Annual report of the Bengal Veterinary College and of the Civil Veterinary Department, Bengal, for the year 1907-1908 - 1907-1908
Year: 1907
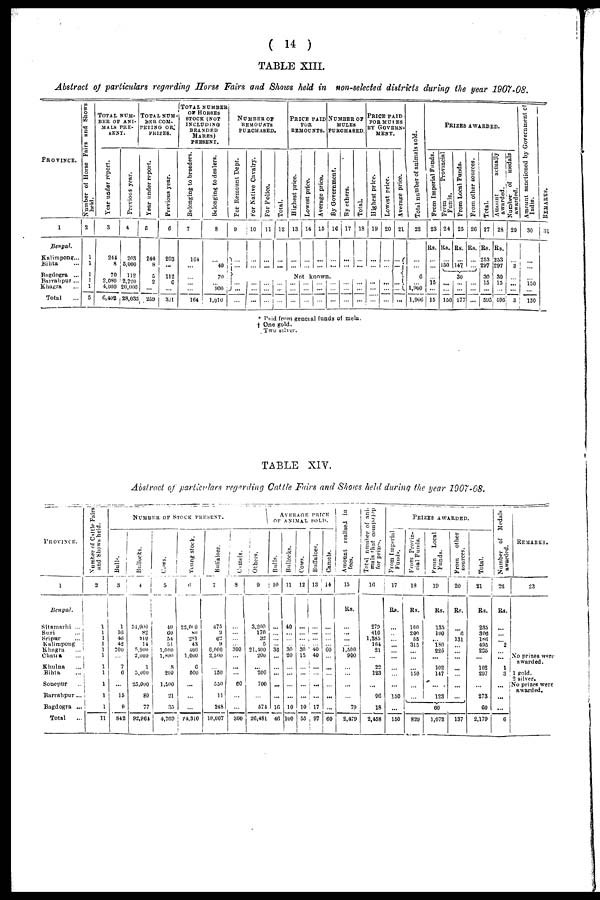
( 14 )
TABLE XIII.
Abstract of particulars regarding Horse Fairs and Shows held in non-selected districts during the year 1907-08.
PROVINCE.
1
Bengal.
Kalimpong...
Bihta ...
Bagdogra ...
Barrahpur ...
Khagra ...
Total ...
Number of Horse Fairs and Shows
heid.
2
1
1
1
1
1
5
TOTALNUM-
--- OF ANI-
---- PRE-
----.
Year under report.
3
244
8
70
2,080
4,000
6,402
Previous year.
4
203
5,000
112
2,720
20,000
28,035
TOTAL NUM-
--- COM
PETING OR
------
Year under report.
6
244
8
5
2
...
250
Previous year.
6
203
...
112
6
...
321
TOTAL NUMBER
OF HORSES
STOCK (NOT
INCLUDING
BRANDED
MARES)
PRESENT
Belonging to breeders.
7
104
...
...
...
...
164
Belonging to dealers.
8
...
40
70
...
900
1,010
NUMBER OF
REMOUNTS
PURCHASED
For Remount Dept.
9
...
...
... ...
...
For
Native Cavalry.
10
...
...
...
...
...
For Police.
11
...
...
...
...
...
Total.
12
...
...
...
...
...
PRICE PAID
FOR
REMOUNTS.
Highest price.
13
...
...
Lowest price.
14
...
...
Average price.
15
...
...
NUMBER OF
MULES
REMOUNTS.
By Government.
16
...
...
Not known.
...
...
...
...
...
...
...
...
...
...
...
...
By others.
17
...
...
...
...
...
Total.
18
...
...
...
...
...
PRICE PAID
FOR MULES
BY GOVERN-
----.
Highest price.
19
...
...
...
...
...
Lowest price.
20
...
...
...
...
...
Average price.
21
...
...
...
...
...
Total number of animals sold.
22
...
...
6
...
1,900
1,900
Prom Imperial Funds.
23
Rs.
...
...
...
15
...
15
PRIZES AWARDED.
From
Provincial
Funds.
24
Rs.
...
150
...
...
150
From Local Funds.
25
Rs.
...
147
30
...
...
177
Prom other sources.
26
Rs.
...
...
...
...
...
Total.
27
Rs.
253
297
30
15
...
595
Amount
actually
awarded.
28
Rs.
253
297
30
15
...
595
1
Number of medals
awarded.
29
...
3
...
...
...
3
Amount sanctioned by Government of
India.
30
...
...
...
150
...
150
II
REMARKS.
31
* Paid from general funds of mela.
† One gold.
Two silver.
TABLE XIV.
Abstract of particulars regarding Cattle Fairs and Shows held during the pear 1907-08.
PROVINCE.
1
Bengal.
Sitamarhi ...
Suri ...
Sripur ...
Kalimpong
Khagra ...
Chatta ...
Khulna ...
Bihta ...
Sonepur ...
Barrahpur ...
Bagdogra ...
Total ...
Number of Cattle Fairs
and Shows held.
2
1
1
1
1
1
1
1
1
1
1
1
11
Bulls.
3
1
16
46
42
700
...
7
6
...
15
9
842
NUMBER OF STOCK PRESENT.
Bullocks.
4
51,000
82
810 14
5.900
2,000
1
5,000
25,000
80
77
92,961
Cows.
5
40
60
54
51
1,000
1,800
8
200
1,500
21
35
4,769
Young Stock.
6
22,000
80
281
43
400
1,000
6
500
...
...
...
24,310
Buffaloes.
7
475
3
62
9
6,000
2,500
...
150
550
11
248
10,007
Camels.
8
...
...
...
...
300
...
...
...
60
...
...
360
Others.
9
3,200
170
32
5
21,400
200
...
200
700
...
574
26,481
AVERAGE PRICE
OF ANIMAL SOLD.
Bulls.
10
...
...
...
...
30
...
...
...
...
...
16
46
Bullocks.
11
40
...
...
...
30
20
...
...
...
...
10
100
Cows.
12
...
...
...
...
30
15
...
...
...
...
10
55
Buffaloes.
13
...
...
...
...
40
40
...
...
...
...
17
97
Camels.
14
...
...
...
...
60
...
...
...
...
...
...
60
Amount realised in
fees.
15
Rs.
...
...
...
...
1,500
900
...
...
...
...
79
2,479
Total
number of ani-
mals that competed
for prizes.
16
279
410
1,285
164
21
...
22
123
...
96
18
2,458
From Imperial
Funds.
17
Rs.
...
...
...
...
...
...
...
...
...
150
...
150
PRIZES AWARDED.
From Provin-
cial Funds.
18
Rs.
100
200
55
315
...
...
...
150
...
...
...
820
From
Local
Funds.
19
Rs.
135
100
... 180
225
...
102
147
...
123
60
1,072
From
other
sources.
20
Rs.
...
6
131
...
...
...
...
...
...
...
...
137
Total.
21
Rs.
235
306
186
495
225
...
102
297
...
273
60
2,179
Number of Medals
awarded.
22
Rs.
...
...
...
2
...
...
1
3
...
...
...
6
REMARKS.
23
No prizes were
awarded.
1 gold.
2 silver.
No prizes were
awarded.